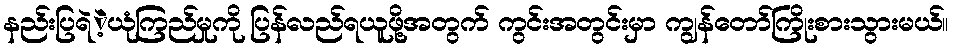
နည်းပြရဲဲ့ယုံကြည်မှုကို ပြန်လည်ရယူဖို့အတွက် ကွင်းအတွင်းမှာ ကျွန်တော်ကြိုးစားသွားမယ်။